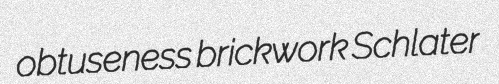
obtuseness brickwork Schlater